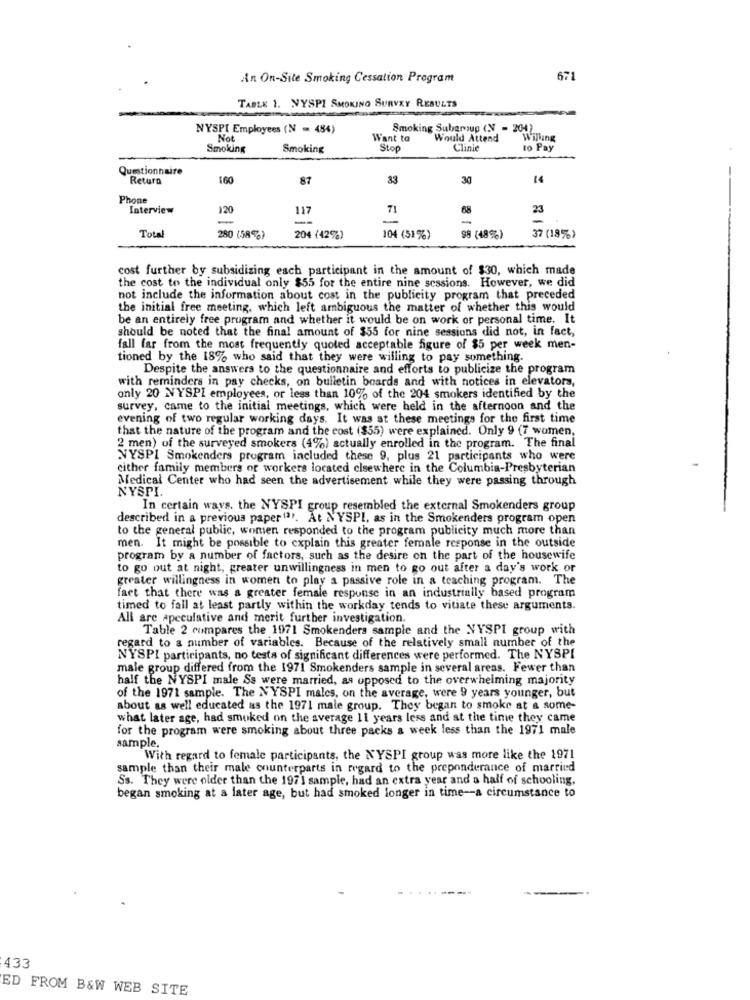
An On-Site Smoking Cessation Program
671
TABLE 1. NYSPI SMOKING SURVEY RESULTS
NYSPI Employees (N = 484)
Smoking Subgroup (N = 204)
Not
Want to
Would Attend
Willing
Smoking
Smoking
Stop
Clinic
to Pay
Questionnaire
Retura
160
87
33
30
Phone
Interview
120
117
68
23
--
Total
280 (58%)
204 (42%)
104 (51%)
98 (48%)
37 (18%)
cost further by subsidizing esch participant in the amount of $30, which made
the cost to the individual only $55 for the entire nine sessions. However, we did
not include the information about cost in the publicity program that preceded
the initial free meeting, which left ambiguous the matter of whether this would
be an entirely free program and whether it would be on work or personal time. It
should be noted that the final amount of $55 for nine sessions did not, in fact,
fall far from the most frequently quoted acceptable figure of $5 per week men-
tioned by the 18% who said that they were willing to pay something.
Despite the answers to the questionnaire and efforts to publicize the program
with reminders in pay checks, on bulletin boards and with notices in elevators,
only 20 NVYSPI employees, or less than 10% of the 204 smokers identified by the
survey, came to the initial meetings, which were held in the afternoon and the
evening of two regular working days. It was at these meetings for the first time
that the nature of the program and the cost ($55) were explained. Only 9 (7 women,
2 men) of the surveyed smokers (4%) actually enrolled in the program. The final
NYSPI Smokenders program included these 9, plus 21 participants who were
cither family members or workers located elsewhere in the Columbia-Presbyterian
Medical Center who had seen the advertisement while they were passing through
NYSPI.
In certain ways. the NYSPI group resembled the external Smokenders group
described in a previous paper(3). At N'YSPI, as in the Smokenders program open
to the general public, women responded to the program publicity much more than
men. It might be possible to explain this greater female response in the outside
program by a number of factors, such as the desire on the part of the housewife
to go out at night, greater unwillingness in men to go out after a day's work or
greater willingness in women to play a passive role in a teaching program. The
fact that there was a greater female response in an industrially based program
timed to fall at least partly within the workday tends to vitiate these arguments.
All are speculative and merit further investigation.
Table 2 compares the 1971 Smokenders sample and the NYSPI group with
regard to a number of variables. Because of the relatively small number of the
NYSPI participants, no tests of significant differences were performed. The NYSPI
male group differed from the 1971 Smokenders sample in several areas. Fewer than
half the NYSPI male Ss were married, as opposed to the overwhelming majority
of the 1971 sample. The NYSPI males, on the average, were 9 years younger, but
about as well educated as the 1971 male group. They began to smoke at & some-
what later age, had smoked on the average 11 years less and at the time they came
for the program were smoking about three packs a week less than the 1971 male
sample.
With regard to female participants, the NYSPI group was more like the 1971
sample than their male counterparts in regard to the preponderance of married
Ss. They were older than the 1971 sample, had an extra year and a half of schooling,
began smoking at a later age, but had smoked longer in time -- a circumstance to
433
ED FROM B&W WEB SITE